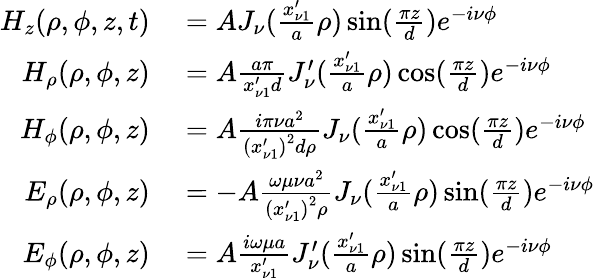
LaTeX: \begin{array}{rl}{H_{z}(\rho,\phi,z,t)}&{{}=AJ_{\nu}(\frac{x_{\nu 1}^{\prime}}{a}\rho)\sin(\frac{\pi z}{d})e^{-i\nu\phi}}\\ {H_{\rho}(\rho,\phi,z)}&{{}=A\frac{a\pi}{x_{\nu 1}^{\prime}d}J_{\nu}^{\prime}(\frac{x_{\nu 1}^{\prime}}{a}\rho)\cos(\frac{\pi z}{d})e^{-i\nu\phi}}\\ {H_{\phi}(\rho,\phi,z)}&{{}=A\frac{i\pi\nu a^{2}}{\left(x_{\nu 1}^{\prime}\right)^{2}d\rho}J_{\nu}(\frac{x_{\nu 1}^{\prime}}{a}\rho)\cos(\frac{\pi z}{d})e^{-i\nu\phi}}\\ {E_{\rho}(\rho,\phi,z)}&{{}=-A\frac{\omega\mu\nu a^{2}}{\left(x_{\nu 1}^{\prime}\right)^{2}\rho}J_{\nu}(\frac{x_{\nu 1}^{\prime}}{a}\rho)\sin(\frac{\pi z}{d})e^{-i\nu\phi}}\\ {E_{\phi}(\rho,\phi,z)}&{{}=A\frac{i\omega\mu a}{x_{\nu 1}^{\prime}}J_{\nu}^{\prime}(\frac{x_{\nu 1}^{\prime}}{a}\rho)\sin(\frac{\pi z}{d})e^{-i\nu\phi}}\end{array}